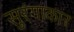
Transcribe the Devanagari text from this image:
सुरंगाकार